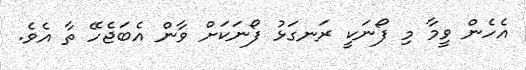
އެހެން ވީމާ މި ފޯނަކީ ރަނގަޅު ފޯނަކަށް ވާން އެބަޖެހޭ ތާ އެވެ.